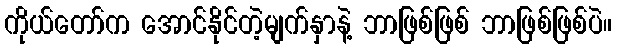
ကိုယ်တော်က အောင်နိုင်တဲ့မျက်နှာနဲ့ ဘာဖြစ်ဖြစ် ဘာဖြစ်ဖြစ်ပဲ။